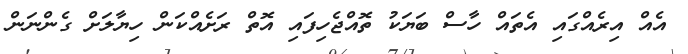
އެއް އިރެއްގައި އެތައް ހާސް ބަޔަކު ތޮއްޖެހިފައި އޮތް ރަށެއްކަން ހިޔާލަށް ގެންނަން